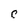
Character: c